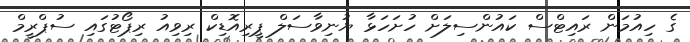
ގެ ހިއުމަން ރައިޓްސް ކައުންސިލަށް ހުށަހަޅާ ޔުނިވާސަލް ޕީރިއޮޑިކް ރިވިއު ރިޕޯޓުގައި ސުޕްރީމް